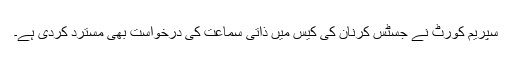
سپریم کورٹ نے جسٹس کرنان کی کیس میں ذاتی سماعت کی درخواست بھی مسترد کردی ہے۔